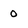
Character: 0